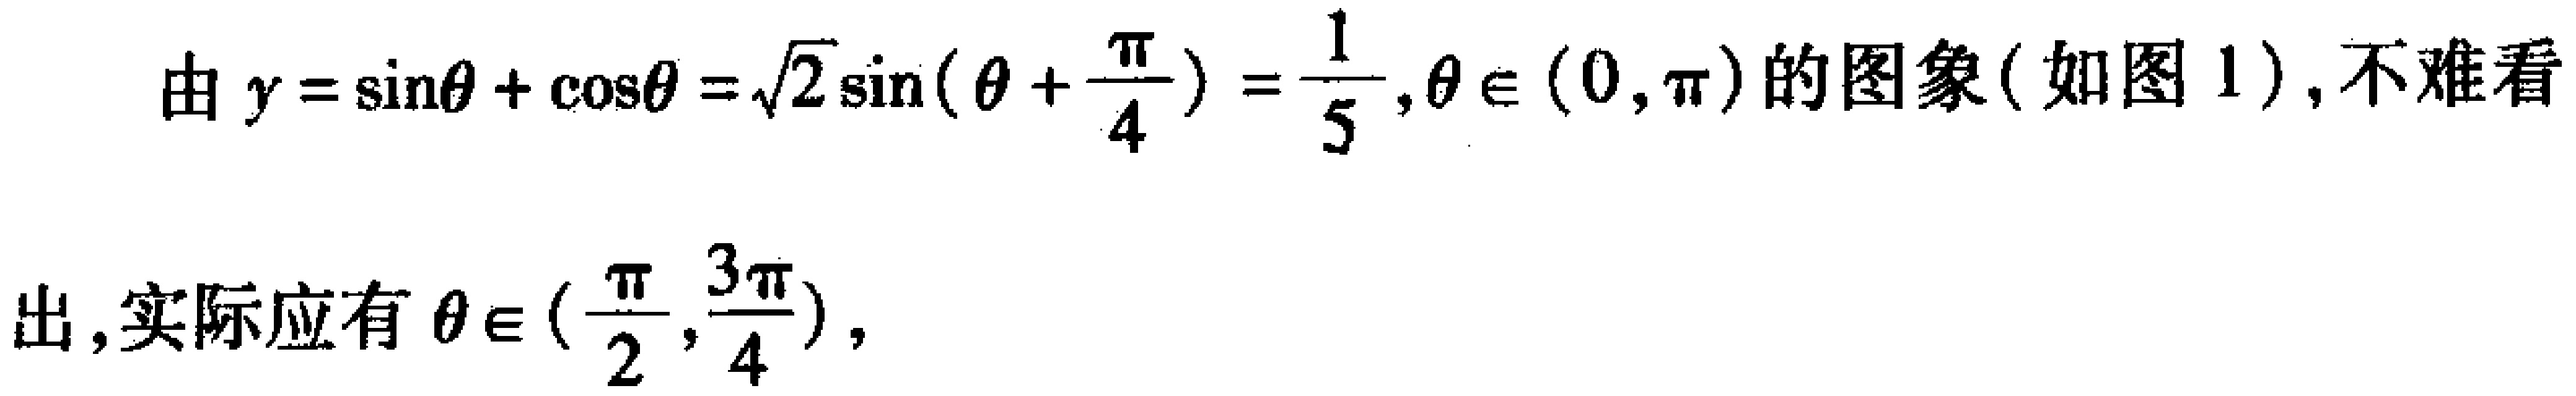
由\(y = \sin\theta+\cos\theta=\sqrt{2}\sin(\theta + \frac{\pi}{4})=\frac{1}{5},\theta\in(0,\pi)\)的图象(如图1),不难看
出,实际应有\(\theta\in(\frac{\pi}{2},\frac{3\pi}{4})\),